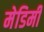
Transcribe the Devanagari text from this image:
मेडिमी